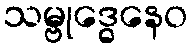
သမ္ဗုဒ္ဓေနေဝ